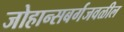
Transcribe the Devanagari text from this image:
जोहान्सबर्गजवळील